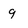
Character: 9